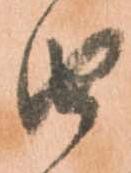
由